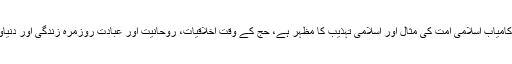
آیت اللہ خامنہ ای نے فرمایا کہ حج کامیاب اسلامی امت کی مثال اور اسلامی تہذیب کا مظہر ہے، حج کے وقت اخلاقیات، روحانیت اور عبادت روزمرہ زندگی اور دنیاوی ضروریات سے مقدم ہوجاتی ہیں۔